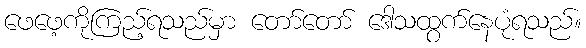
ဖေဖေ့ကိုကြည့်ရသည်မှာ တော်တော် ဒေါသထွက်နေပုံရသည်။